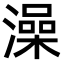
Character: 澡